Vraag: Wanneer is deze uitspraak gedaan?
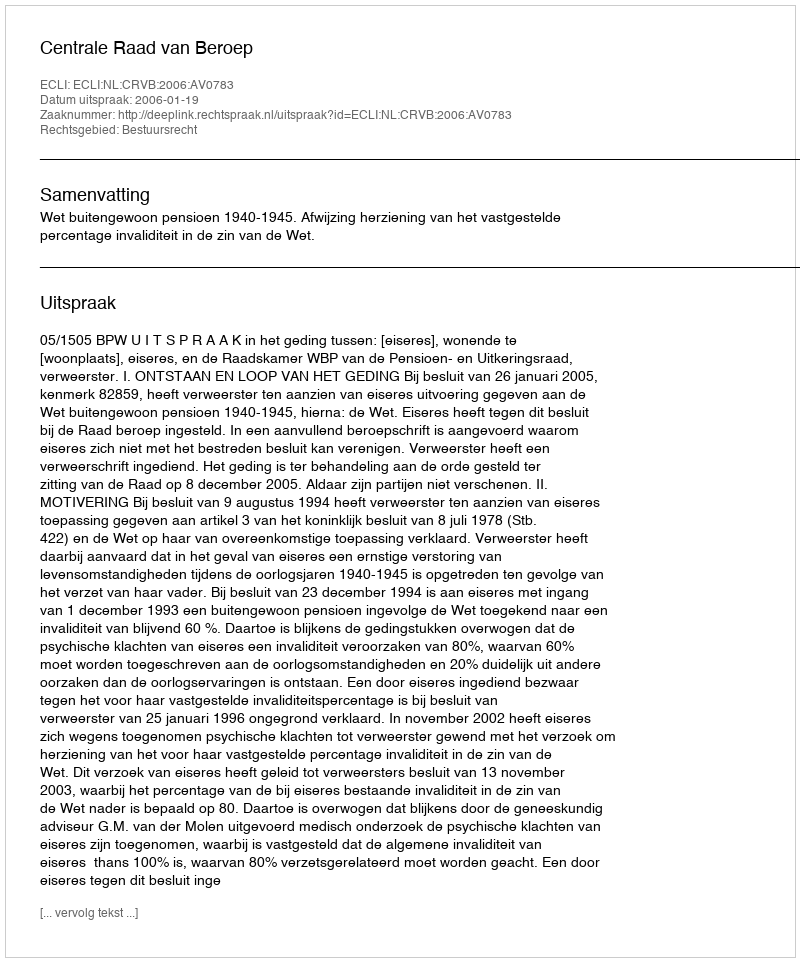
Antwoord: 2006-01-19